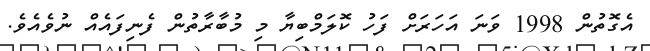
އެގޮތުން 1998 ވަނަ އަހަރަށް ފަހު ކޮލަމްބިޔާ މި މުބާރާތުން ފެނިފައެއް ނުވެއެވެ.